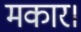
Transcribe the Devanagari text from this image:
मकार।